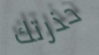
حذرتك